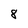
Character: 8